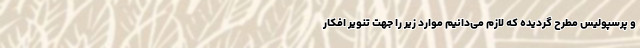
و پرسپولیس مطرح گردیده که لازم می‌دانیم موارد زیر را جهت تنویر افکار